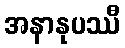
အနာနုပဿီ